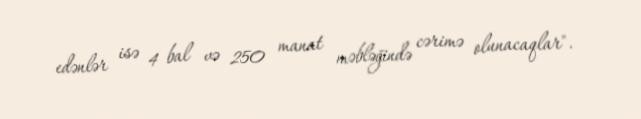
edənlər isə 4 bal və 250 manat məbləğində cərimə olunacaqlar".